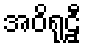
အဝိရုဠှီ